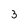
Character: 3